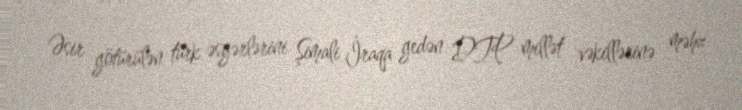
Əsir götürülən türk əsgərlərini Şimali İraqa gedən DTP millət vəkillərinə məhz